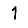
Digit: 1